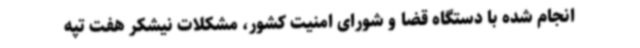
انجام شده با دستگاه قضا و شورای امنیت کشور، مشکلات نیشکر هفت تپه